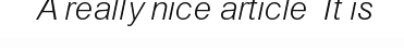
A really nice article  It is